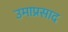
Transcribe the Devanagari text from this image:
उमाप्रसाद